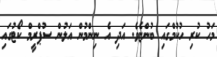
މަހު ކުރި ހުކުމްގައި ބުންޏެވެ. އަދި އެ ނިންމުން އަލުން ސުޕްރީމް ކޯޓުގައި